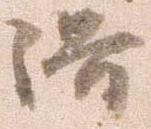
落